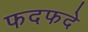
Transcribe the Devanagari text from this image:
फदफदे